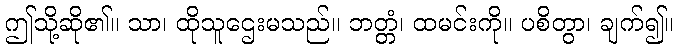
ဤသို့ဆို၏။ သာ၊ ထိုသူဌေးမသည်။ ဘတ္တံ၊ ထမင်းကို။ ပစိတွာ၊ ချက်၍။